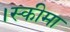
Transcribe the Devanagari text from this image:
।स्कीमा